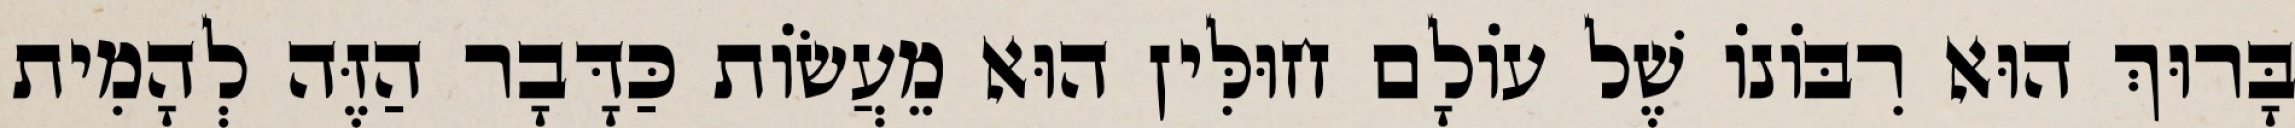
בָּרוּךְ הוּא רִבּוֹנוֹ שֶׁל עוֹלָם חוּלִּין הוּא מֵעֲשׂוֹת כַּדָּבָר הַזֶּה לְהָמִית